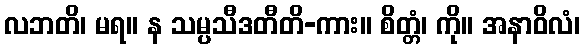
လဘတိ၊ မရ။ န သမ္ပသီဒတီတိ-ကား။ စိတ္တံ၊ ကို။ အနာဝိလံ၊